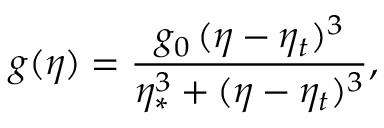
g ( \eta ) = \frac { g _ { 0 } \, ( \eta - \eta _ { t } ) ^ { 3 } } { \eta _ { \ast } ^ { 3 } + ( \eta - \eta _ { t } ) ^ { 3 } } ,